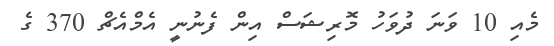
މެއި 10 ވަނަ ދުވަހު މޮރިޝަސް އިން ފެނުނީ އެމްއެޗް 370 ގެ